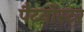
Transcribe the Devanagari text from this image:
पैटर्नोस्टर